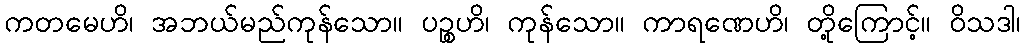
ကတမေဟိ၊ အဘယ်မည်ကုန်သော။ ပဉ္စဟိ၊ ကုန်သော။ ကာရဏေဟိ၊ တို့ကြောင့်။ ဝိသဒါ၊